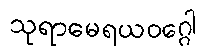
သုရာမေရယဝဂ္ဂေါ